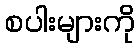
စပါးများကို